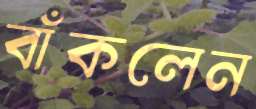
বাঁকলেন